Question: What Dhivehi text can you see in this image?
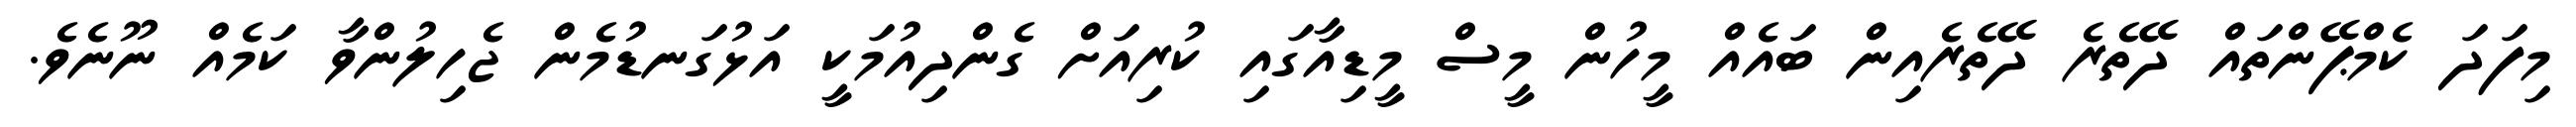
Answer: މިފަދަ ކެމްޕޭންތައް ދޭތެރެ ދޭތެރެއިން ބައެއް މީހުން މީސް މީޑިއާގައި ކުރިއަށް ގެންދިއުމަކީ އަޅުގަނޑުމެން ޖެހިލުންވާ ކަމެއް ނޫނެވެ.